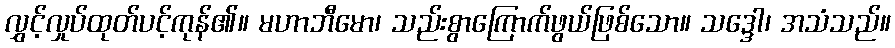
လွှင့်လှုပ်ထုတ်ပင့်ကုန်၏။ မဟာဘီမော၊ သည်းစွာကြောက်ဖွယ်ဖြစ်သော။ သဒ္ဒေါ၊ အသံသည်။